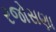
રજોસણા